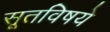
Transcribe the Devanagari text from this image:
सूतविषये